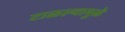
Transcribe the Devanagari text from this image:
टाळल्यामुळे